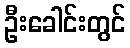
ဦးခေါင်းတွင်